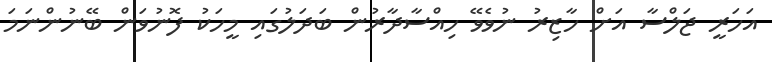
އަހަރީ ޖަލްސާ އަށް ހާޒިރު ނުވެވޭ ހިއްސާދާރުން ބަދަލުގައި މީހަކު ފޮނުވަން ބޭނުންނަމަ